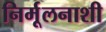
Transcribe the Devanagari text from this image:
निर्मूलनाशी